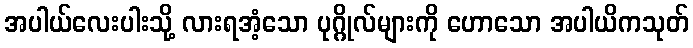
အပါယ်လေးပါးသို့ လားရအံ့သော ပုဂ္ဂိုလ်များကို ဟောသော အပါယိကသုတ်